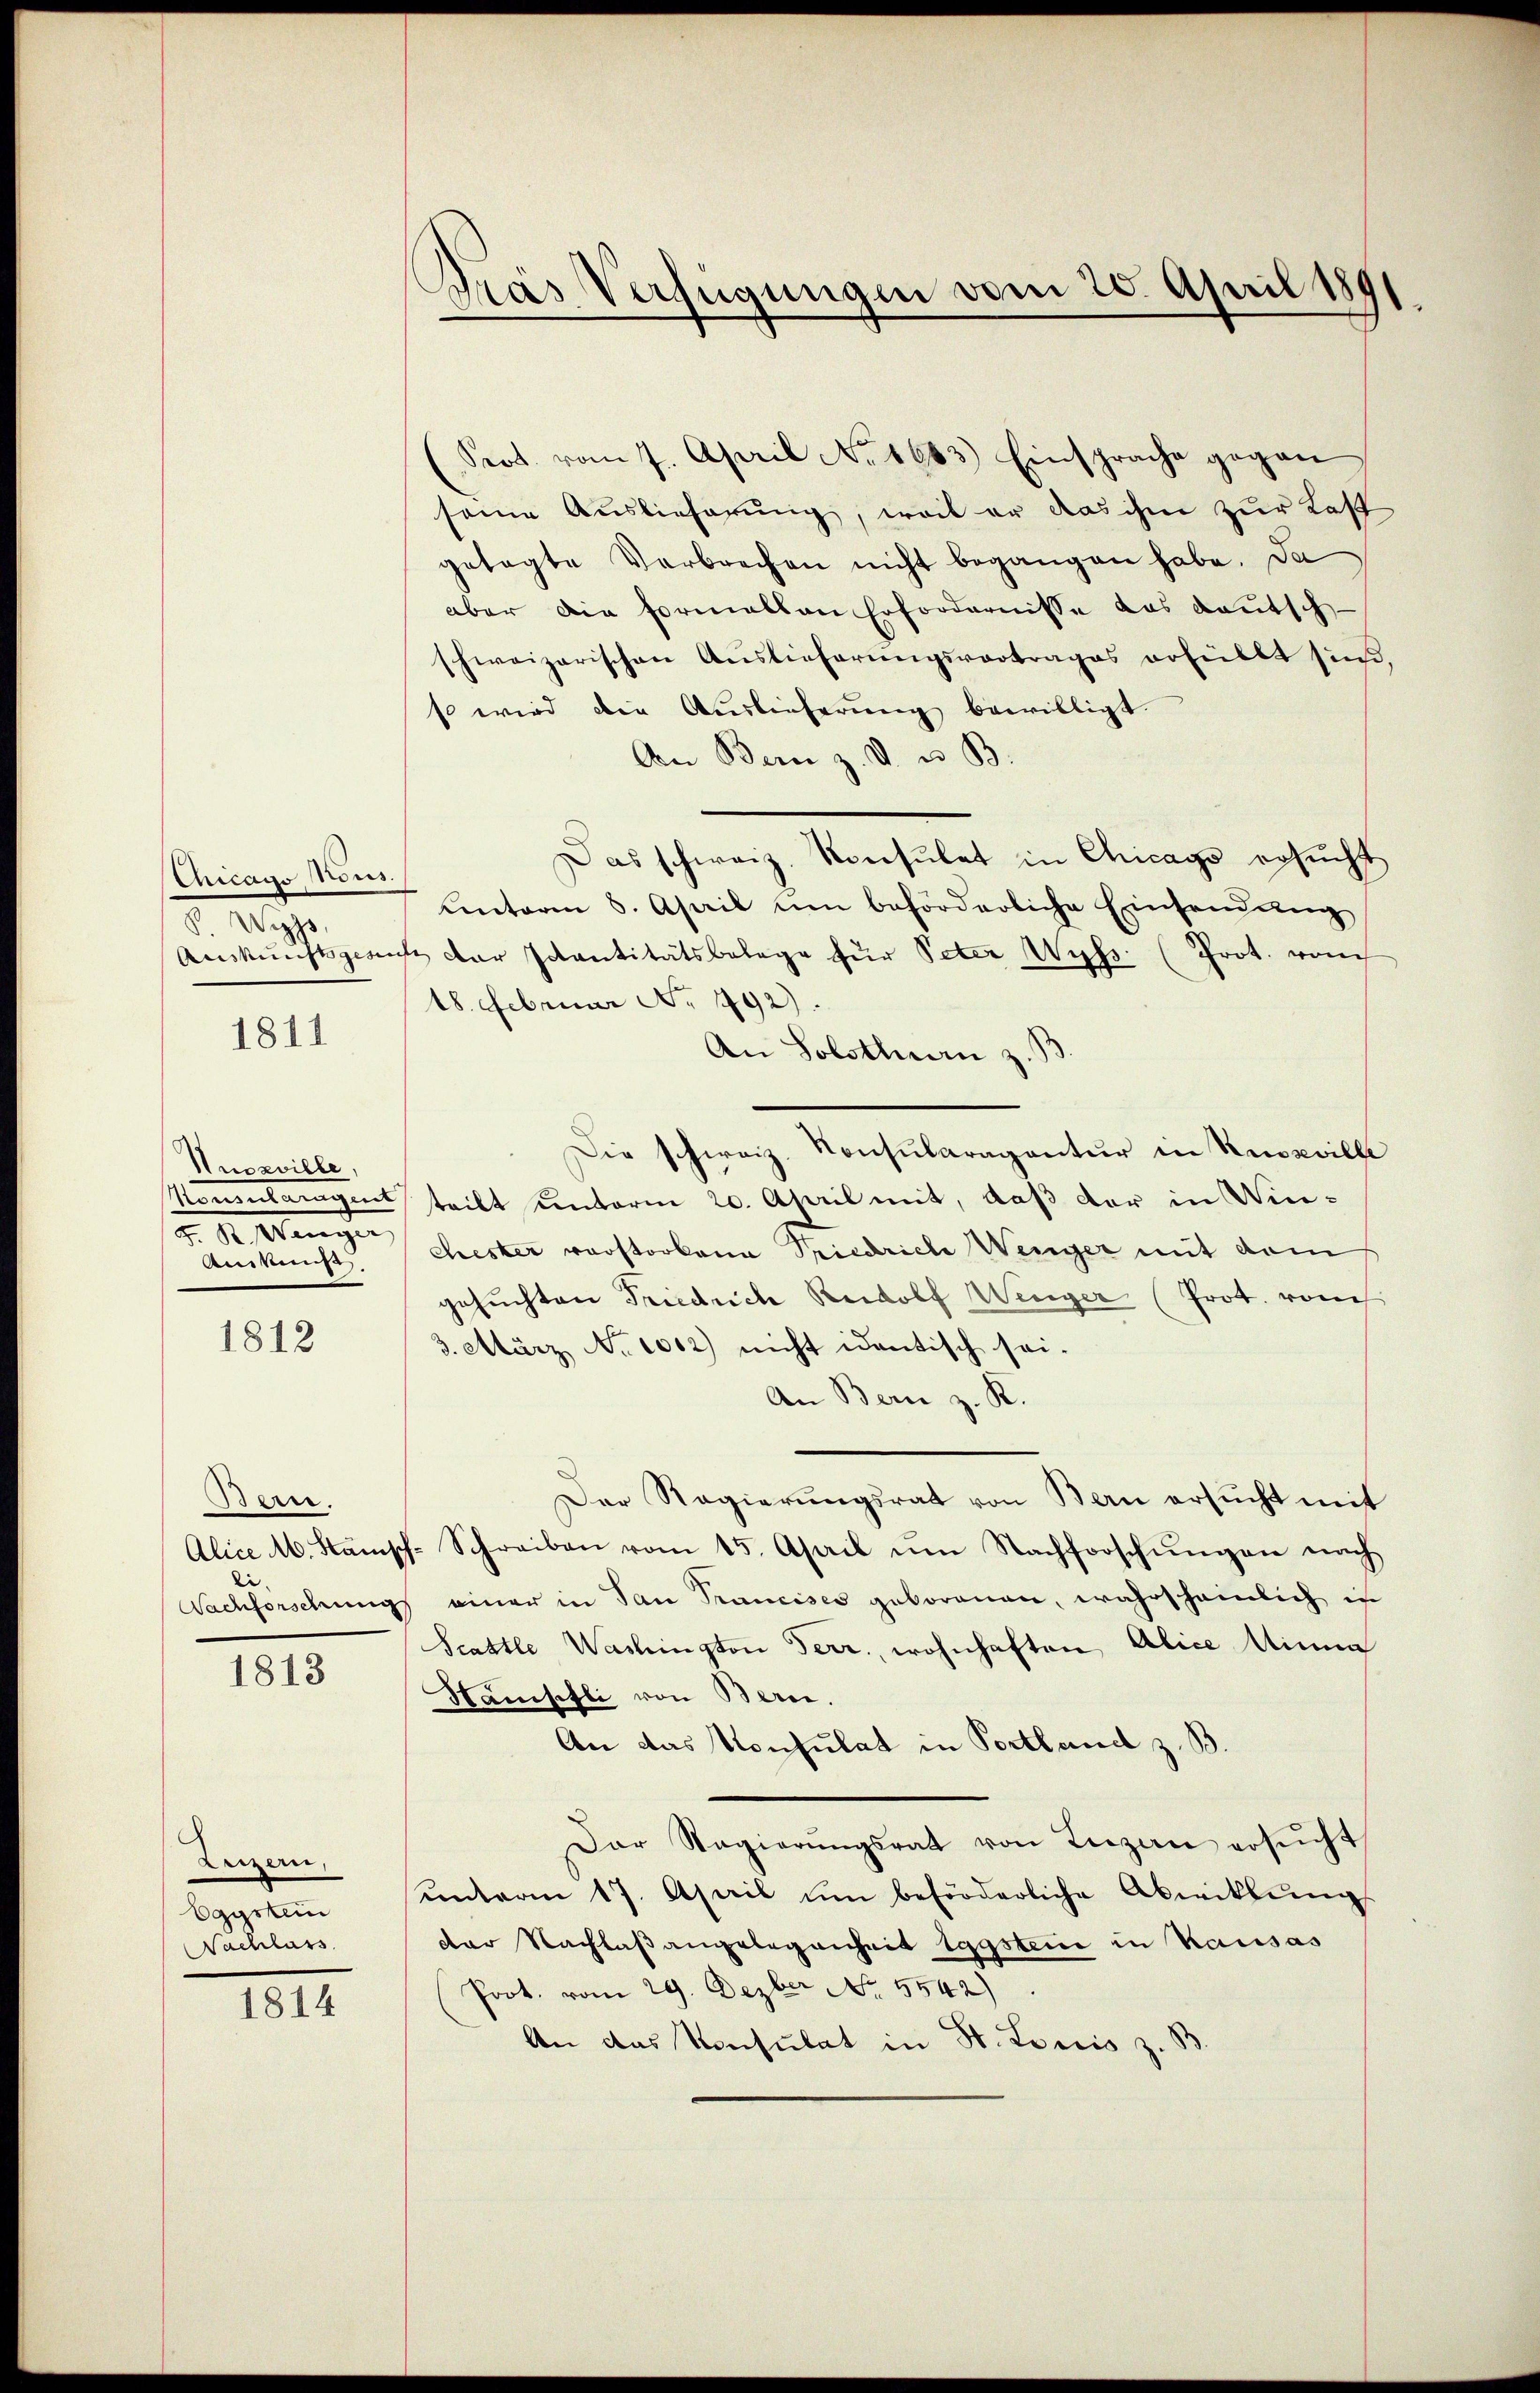
Chicago Nous.
P. Wiss

1811

Nuczville,
F. S. Mangen
Ankunft.

1812

Bern.
1813

Luzern,
Eggstein
Nachlass
1814

Prot. vom 7. April No 1683) Einsprache gegen
seine Auslieferung, weil er das ihm zur Last
gesagte Verbrechen nicht begangen habe. Da
aber die Formallen Erfordernisse das deutsch
schweizerischen Auslieferungsvortrages erfüllt sind.
so wird die Auslieferŭng bewilligt.
An Bern z. V. u. B.
Das schweiz. Konsulat in Chicago ersucht
unterm 6. April um beförderliche Einsendung
Auskunftsgantz der Schantitätsbelage für Peter Wyss. (Prot. vom
18. Februar No 792).
An Solsthan z. B
Die schweiz. Konsularagentur in Russville
Nonsularagent teilt unterm 20. April mit, daß der in Winchester verstorbene Spiedriche Wenger mit dem
gesuchten Friedrich Rudolf Weiger (Prot. vom
3. März No. 1002) nicht identisch sei.
An Bern z. K.
Der Regierungsrat von Bern ersucht mit
Alice M. Stämisch-Schreiben vom 15. April ŭm Nachforschŭngen nach
Nachforschung einer in San Trancises geborenen, wahrscheinlich in
Scattle Washington Terr., wohnhaften Alice Minna
Namschli von Bern.
An das Konsulat in Portland z. B
Der Sagierŭngsrat von Luzen ersucht
ŭnterm 17. April ŭm beförderliche Abwitlŭng
der Nachlaßangelegenheit legsteine in Kausas
Prot. vom 29. Dezber No. 5542)
An das Konsulat in St. Louis z. B

Drás Verfügungen vom 20. April 1891.